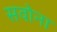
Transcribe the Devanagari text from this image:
सवोना